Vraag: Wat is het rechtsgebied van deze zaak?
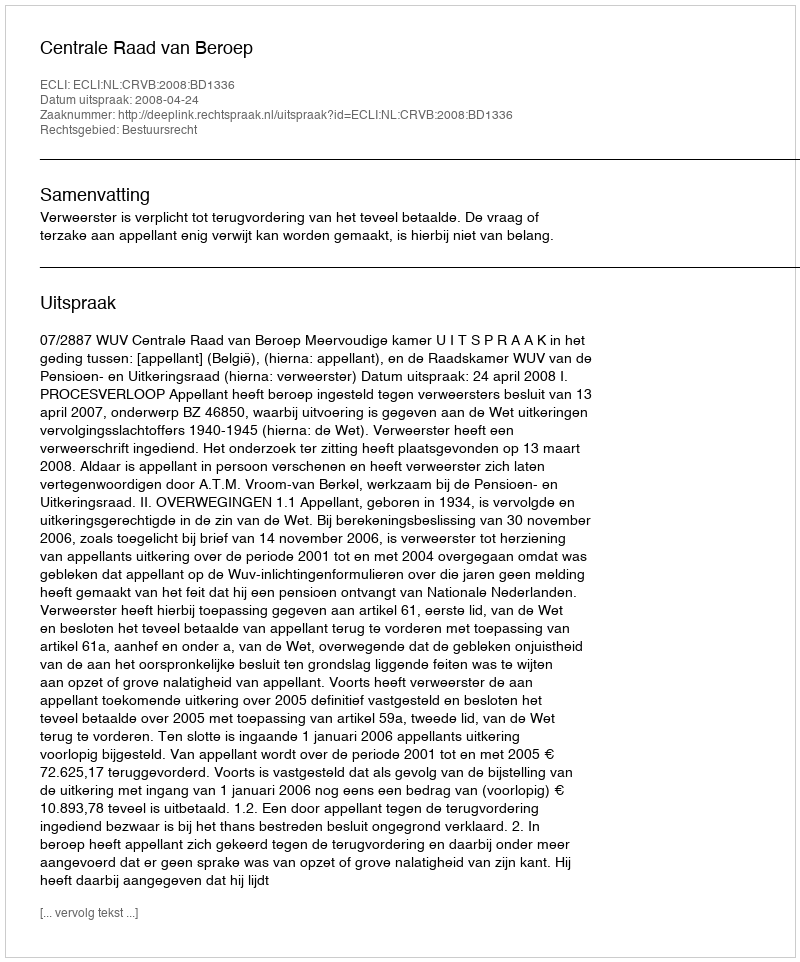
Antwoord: Bestuursrecht